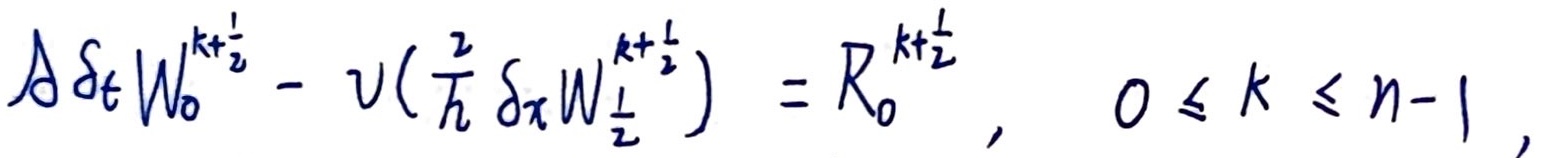
$\mathcal{A}\delta_t W_0^{k + \frac{1}{2}} - v(\frac{2}{h}\delta_x W_{\frac{1}{2}}^{k + \frac{1}{2}}) = R_0^{k + \frac{1}{2}}, \quad 0 \leq k \leq n - 1,$